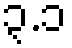
၃.၁